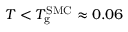
T < T _ { \mathrm { g } } ^ { \mathrm { S M C } } \approx 0 . 0 6